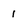
Character: 1